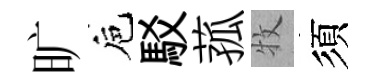
旷巵駁菰牧須